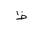
Letter: _za